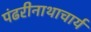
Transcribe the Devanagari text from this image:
पंढरीनाथाचार्य